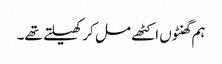
ہم گھنٹوں اکٹھے مل کر کھیلتے تھے۔